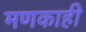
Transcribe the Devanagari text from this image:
मणकाही